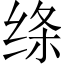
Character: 绦